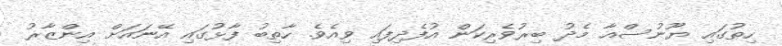
ހިތުގައި ޔޫނުސްއާ މެދު ބިރުވެރިކަން އުފެދިފައި ވިއެވެ. ހާތިބު ފާޅުގައި އޭނައަށް އިންޒާރު